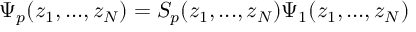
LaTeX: \Psi _ { p } ( z _ { 1 } , . . . , z _ { N } ) = S _ { p } ( z _ { 1 } , . . . , z _ { N } ) \Psi _ { 1 } ( z _ { 1 } , . . . , z _ { N } )